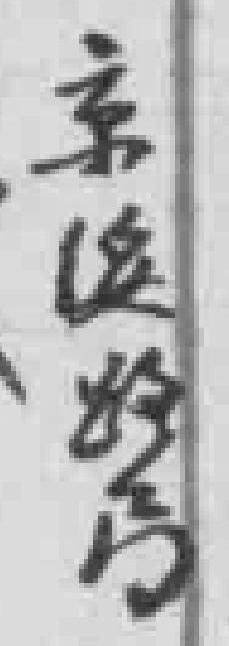
京*路局